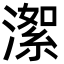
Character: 㵖